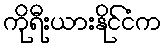
ကိုရီးယားနိုင်ငံက